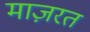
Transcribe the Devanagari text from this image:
माज़रत